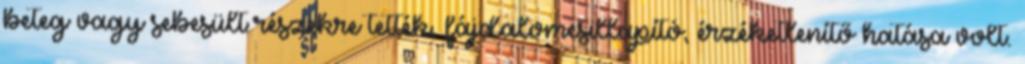
beteg vagy sebesült részekre tették, fájdalomcsillapító, érzéketlenítő hatása volt.